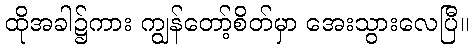
ထိုအခါ၌ကား ကျွန်တော့်စိတ်မှာ အေးသွားလေပြီ။